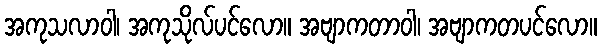
အကုသလာဝါ၊ အကုသိုလ်ပင်လော။ အဗျာကတာဝါ၊ အဗျာကတပင်လော။